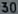
30